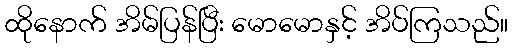
ထိုနောက် အိမ်ပြန်ပြီး မောမောနှင့် အိပ်ကြသည်။